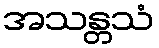
အသန္တသံ